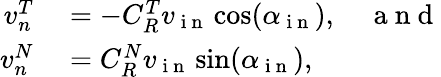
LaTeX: \begin{array}{rl}{v_{n}^{T}}&{{}=-C_{R}^{T}v_{\mathrm{~i~n~}}\cos(\alpha_{\mathrm{~i~n~}}),\quad\mathrm{~a~n~d~}}\\ {v_{n}^{N}}&{{}=C_{R}^{N}v_{\mathrm{~i~n~}}\sin(\alpha_{\mathrm{~i~n~}}),}\end{array}